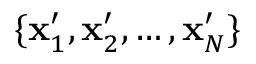
\{ \mathbf { x } _ { 1 } ^ { \prime } , \mathbf { x } _ { 2 } ^ { \prime } , \ldots , \mathbf { x } _ { N } ^ { \prime } \}